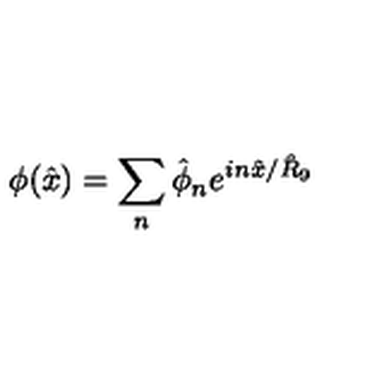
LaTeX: \phi ( \hat { x } ) = \sum _ { n } \hat { \phi } _ { n } e ^ { i n \hat { x } / \hat { R } _ { 9 } }